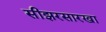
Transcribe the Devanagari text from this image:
सीझरसारखा